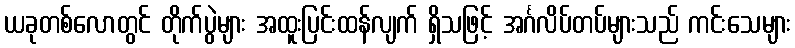
ယခုတစ်လောတွင် တိုက်ပွဲများ အထူးပြင်းထန်လျက် ရှိသဖြင့် အင်္ဂလိပ်တပ်များသည် ကင်းသေများ